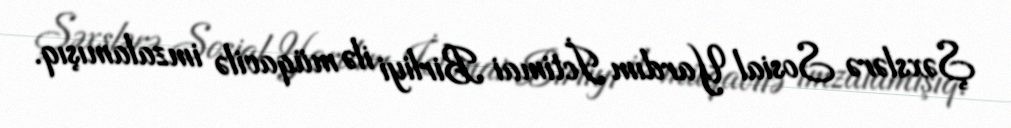
Şəxslərə Sosial Yardım İctimai Birliyi ilə müqavilə imzalamışıq.